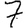
Digit: 7